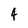
Character: 4